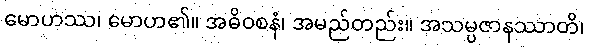
မောဟဿ၊ မောဟ၏။ အဓိဝစနံ၊ အမည်တည်း။ အသမ္ပဇာနဿာတိ၊